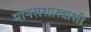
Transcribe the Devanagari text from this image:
मानसशास्त्राशी